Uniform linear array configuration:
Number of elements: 48
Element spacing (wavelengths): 0.75
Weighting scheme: uniform
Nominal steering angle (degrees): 0
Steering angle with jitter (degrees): -1.202
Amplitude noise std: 0.05
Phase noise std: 0.05

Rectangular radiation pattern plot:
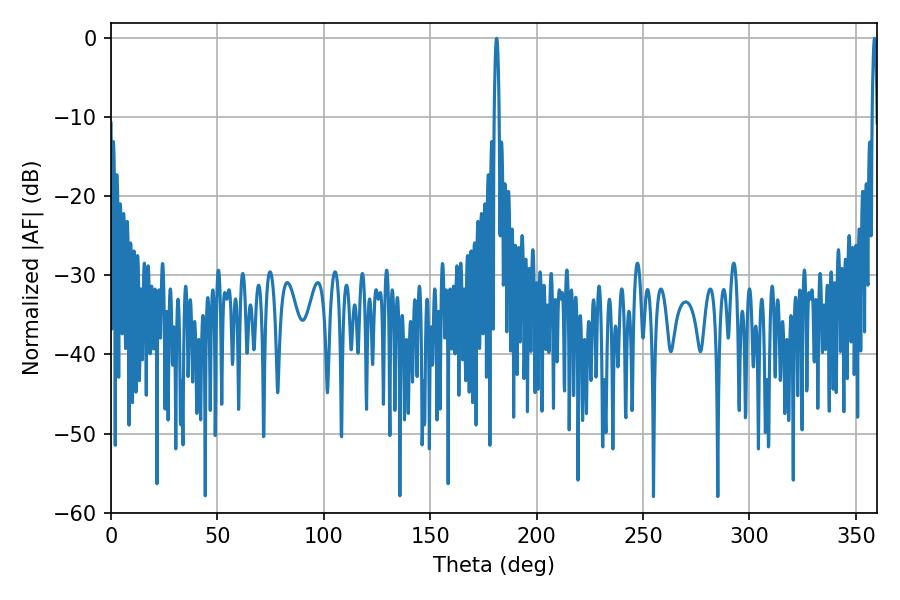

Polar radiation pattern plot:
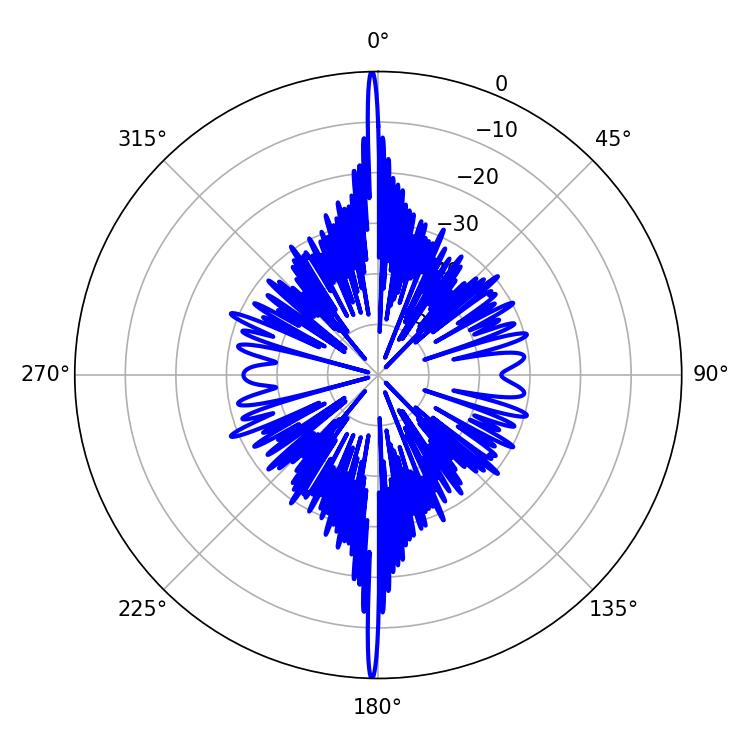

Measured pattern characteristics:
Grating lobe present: TRUE
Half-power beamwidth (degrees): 1.26
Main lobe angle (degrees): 358.74